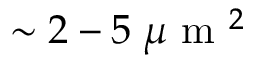
\sim 2 - 5 \; \mu \mathrm { ~ m ~ } ^ { 2 }